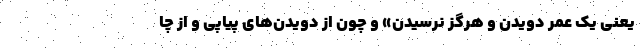
یعنی یک عمر دویدن و هرگز نرسیدن» و چون از دویدن‌های پیاپی و از چا